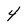
Character: 4